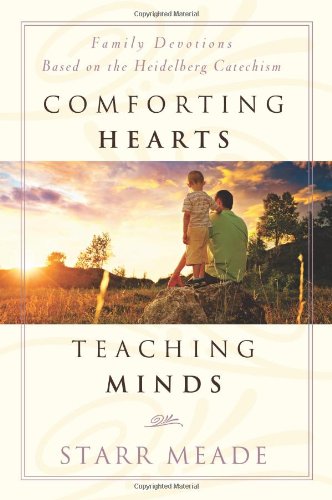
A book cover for Comforting Hearts, Teaching Minds: Family Devotions Based on the Heidelberg Catachism; Starr Meade; Christian Books & Bibles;